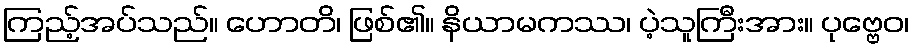
ကြည့်အပ်သည်။ ဟောတိ၊ ဖြစ်၏။ နိယာမကဿ၊ ပဲ့သူကြီးအား။ ပုဗ္ဗေဝ၊